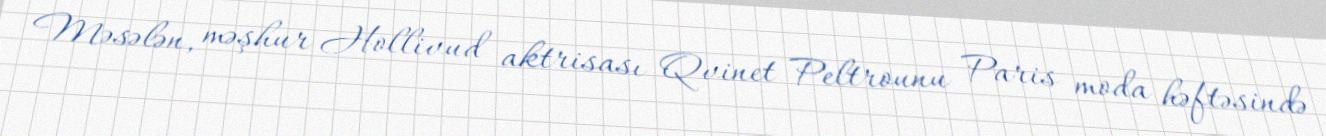
Məsələn, məşhur Hollivud aktrisası Qvinet Peltrounu Paris moda həftəsində